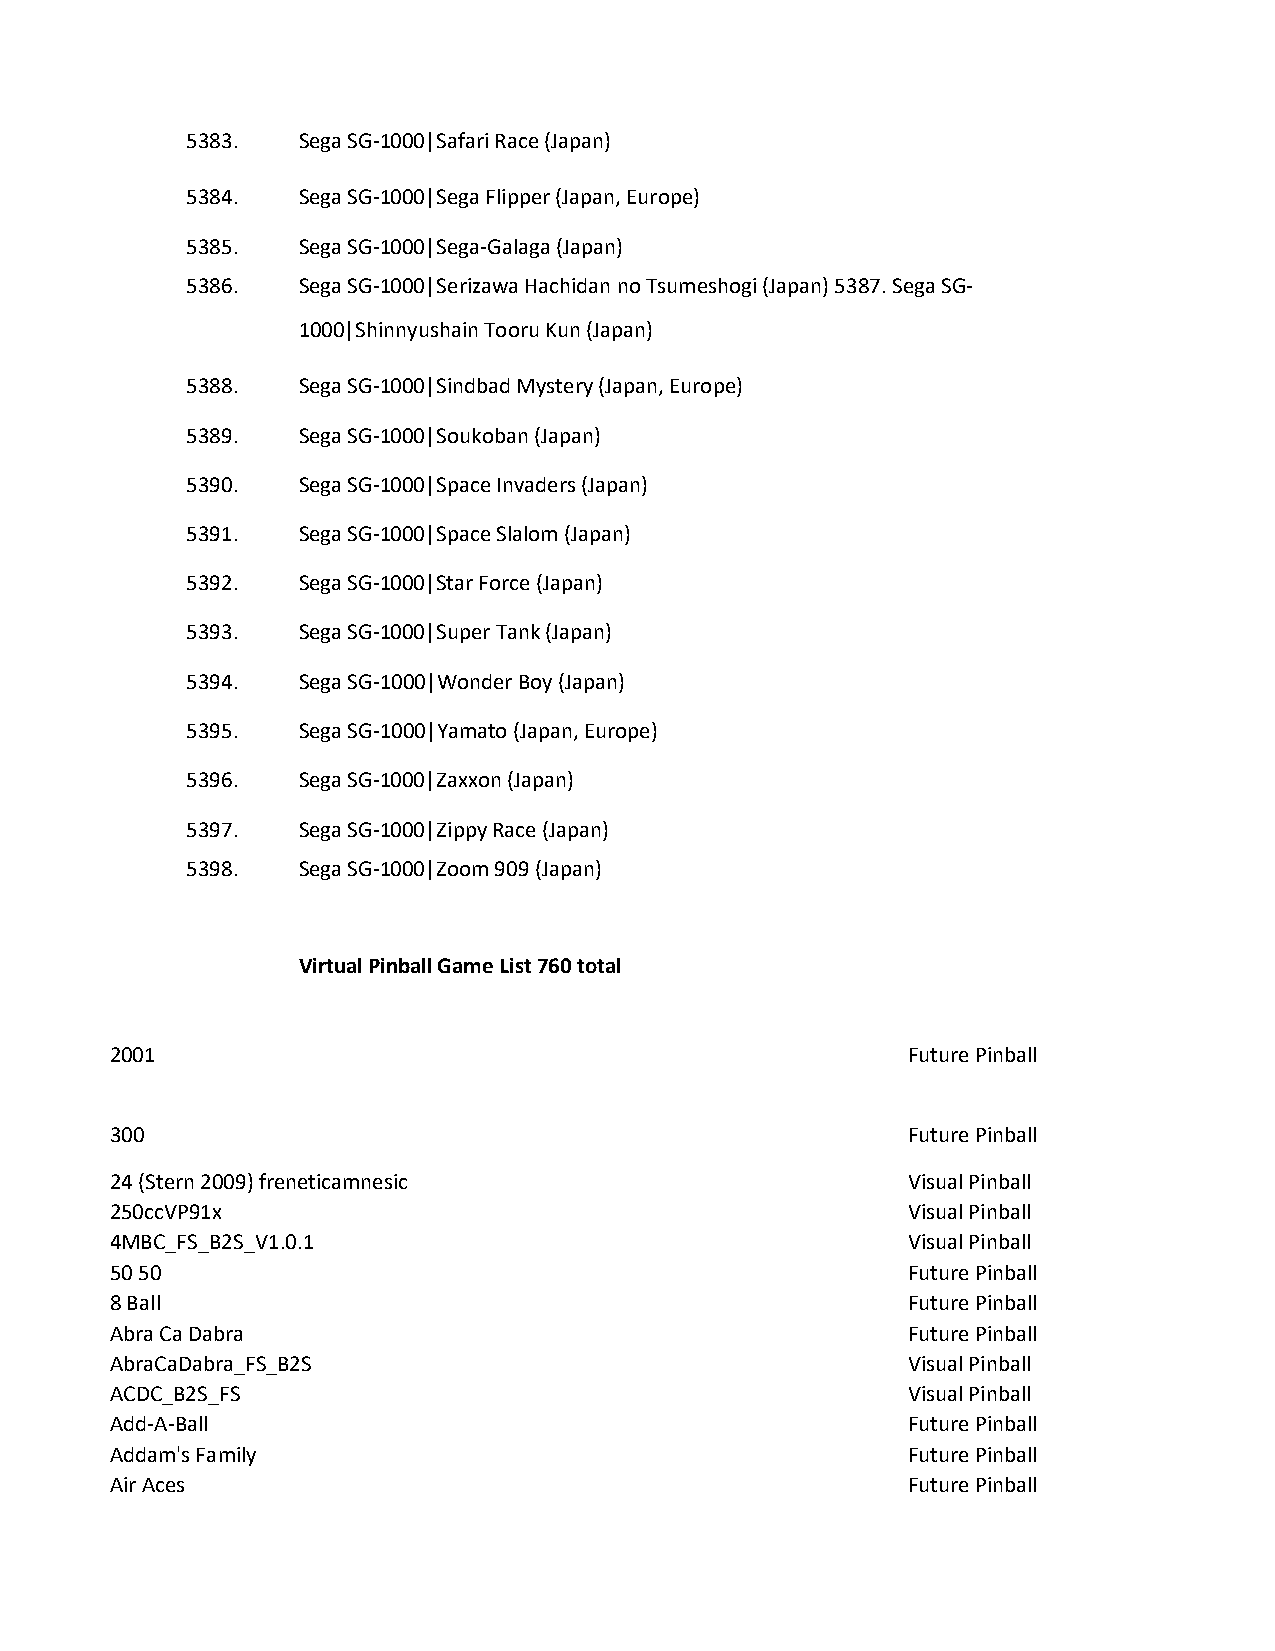
5383.   Sega SG-1000|Safari Race (Japan)
 5384.   Sega SG-1000|Sega Flipper (Japan, Europe)
 5385.   Sega SG-1000|Sega-Galaga (Japan)
 5386.   Sega SG-1000|Serizawa Hachidan no Tsumeshogi (Japan) 5387. Sega SG-
 1000|Shinnyushain Tooru Kun (Japan)
 5388.   Sega SG-1000|Sindbad Mystery (Japan, Europe)
 5389.   Sega SG-1000|Soukoban (Japan)
 5390.   Sega SG-1000|Space Invaders (Japan)
 5391.   Sega SG-1000|Space Slalom (Japan)
 5392.   Sega SG-1000|Star Force (Japan)
 5393.   Sega SG-1000|Super Tank (Japan)
 5394.   Sega SG-1000|Wonder Boy (Japan)
 5395.   Sega SG-1000|Yamato (Japan, Europe)
 5396.   Sega SG-1000|Zaxxon (Japan)
 5397.   Sega SG-1000|Zippy Race (Japan)
 5398.   Sega SG-1000|Zoom 909 (Japan)
 Virtual Pinball Game List 760 total
 2001                                                 Future Pinball
 300                                                  Future Pinball
 24 (Stern 2009) freneticamnesic                      Visual Pinball
 250ccVP91x                                           Visual Pinball
 4MBC_FS_B2S_V1.0.1                                   Visual Pinball
 50 50                                                Future Pinball
 8 Ball                                               Future Pinball
 Abra Ca Dabra                                        Future Pinball
 AbraCaDabra_FS_B2S                                   Visual Pinball
 ACDC_B2S_FS                                          Visual Pinball
 Add-A-Ball                                           Future Pinball
 Addam's Family                                       Future Pinball
 Air Aces                                             Future Pinball